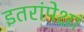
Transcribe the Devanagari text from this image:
इतरांपेक्षां